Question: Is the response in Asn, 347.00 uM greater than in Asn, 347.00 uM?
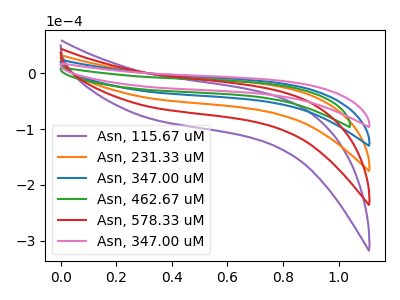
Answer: <think>The purple curve "Asn, 115.67 uM" has no peaks. The orange curve "Asn, 231.33 uM" has no peaks. The blue curve "Asn, 347.00 uM" has no peaks. The green curve "Asn, 462.67 uM" has no peaks. The red curve "Asn, 578.33 uM" has no peaks. The pink curve "Asn, 347.00 uM" has no peaks.
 Neither "Asn, 347.00 uM" or "Asn, 347.00 uM" have any peaks.</think>
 <answer>I cant tell if "Asn, 347.00 uM" or "Asn, 347.00 uM" has more signal.</answer>
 <eval>mixed_signal</eval>